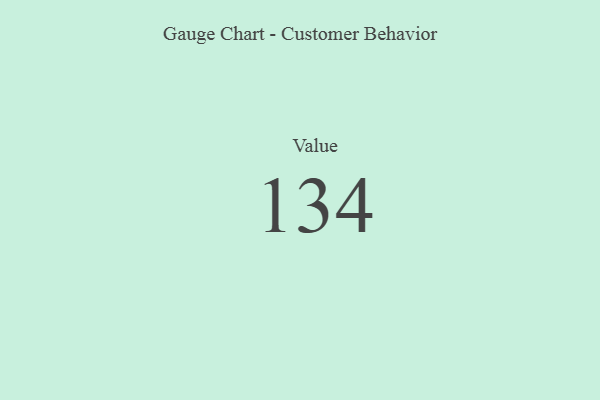
{"axis": {"x": "Metric", "y": "Value"}, "legend": [""], "data": [{"x": "Value", "y": 134, "type": ""}]}